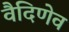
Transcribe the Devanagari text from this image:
वैदिणेव